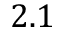
2 . 1